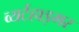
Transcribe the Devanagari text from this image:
व्यर्टहाइमर